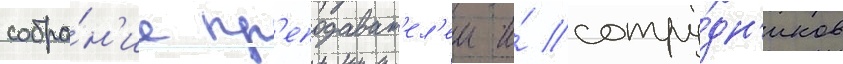
собра́н'ие пр'еподават'ел'еи и́ сотру́дн'иков